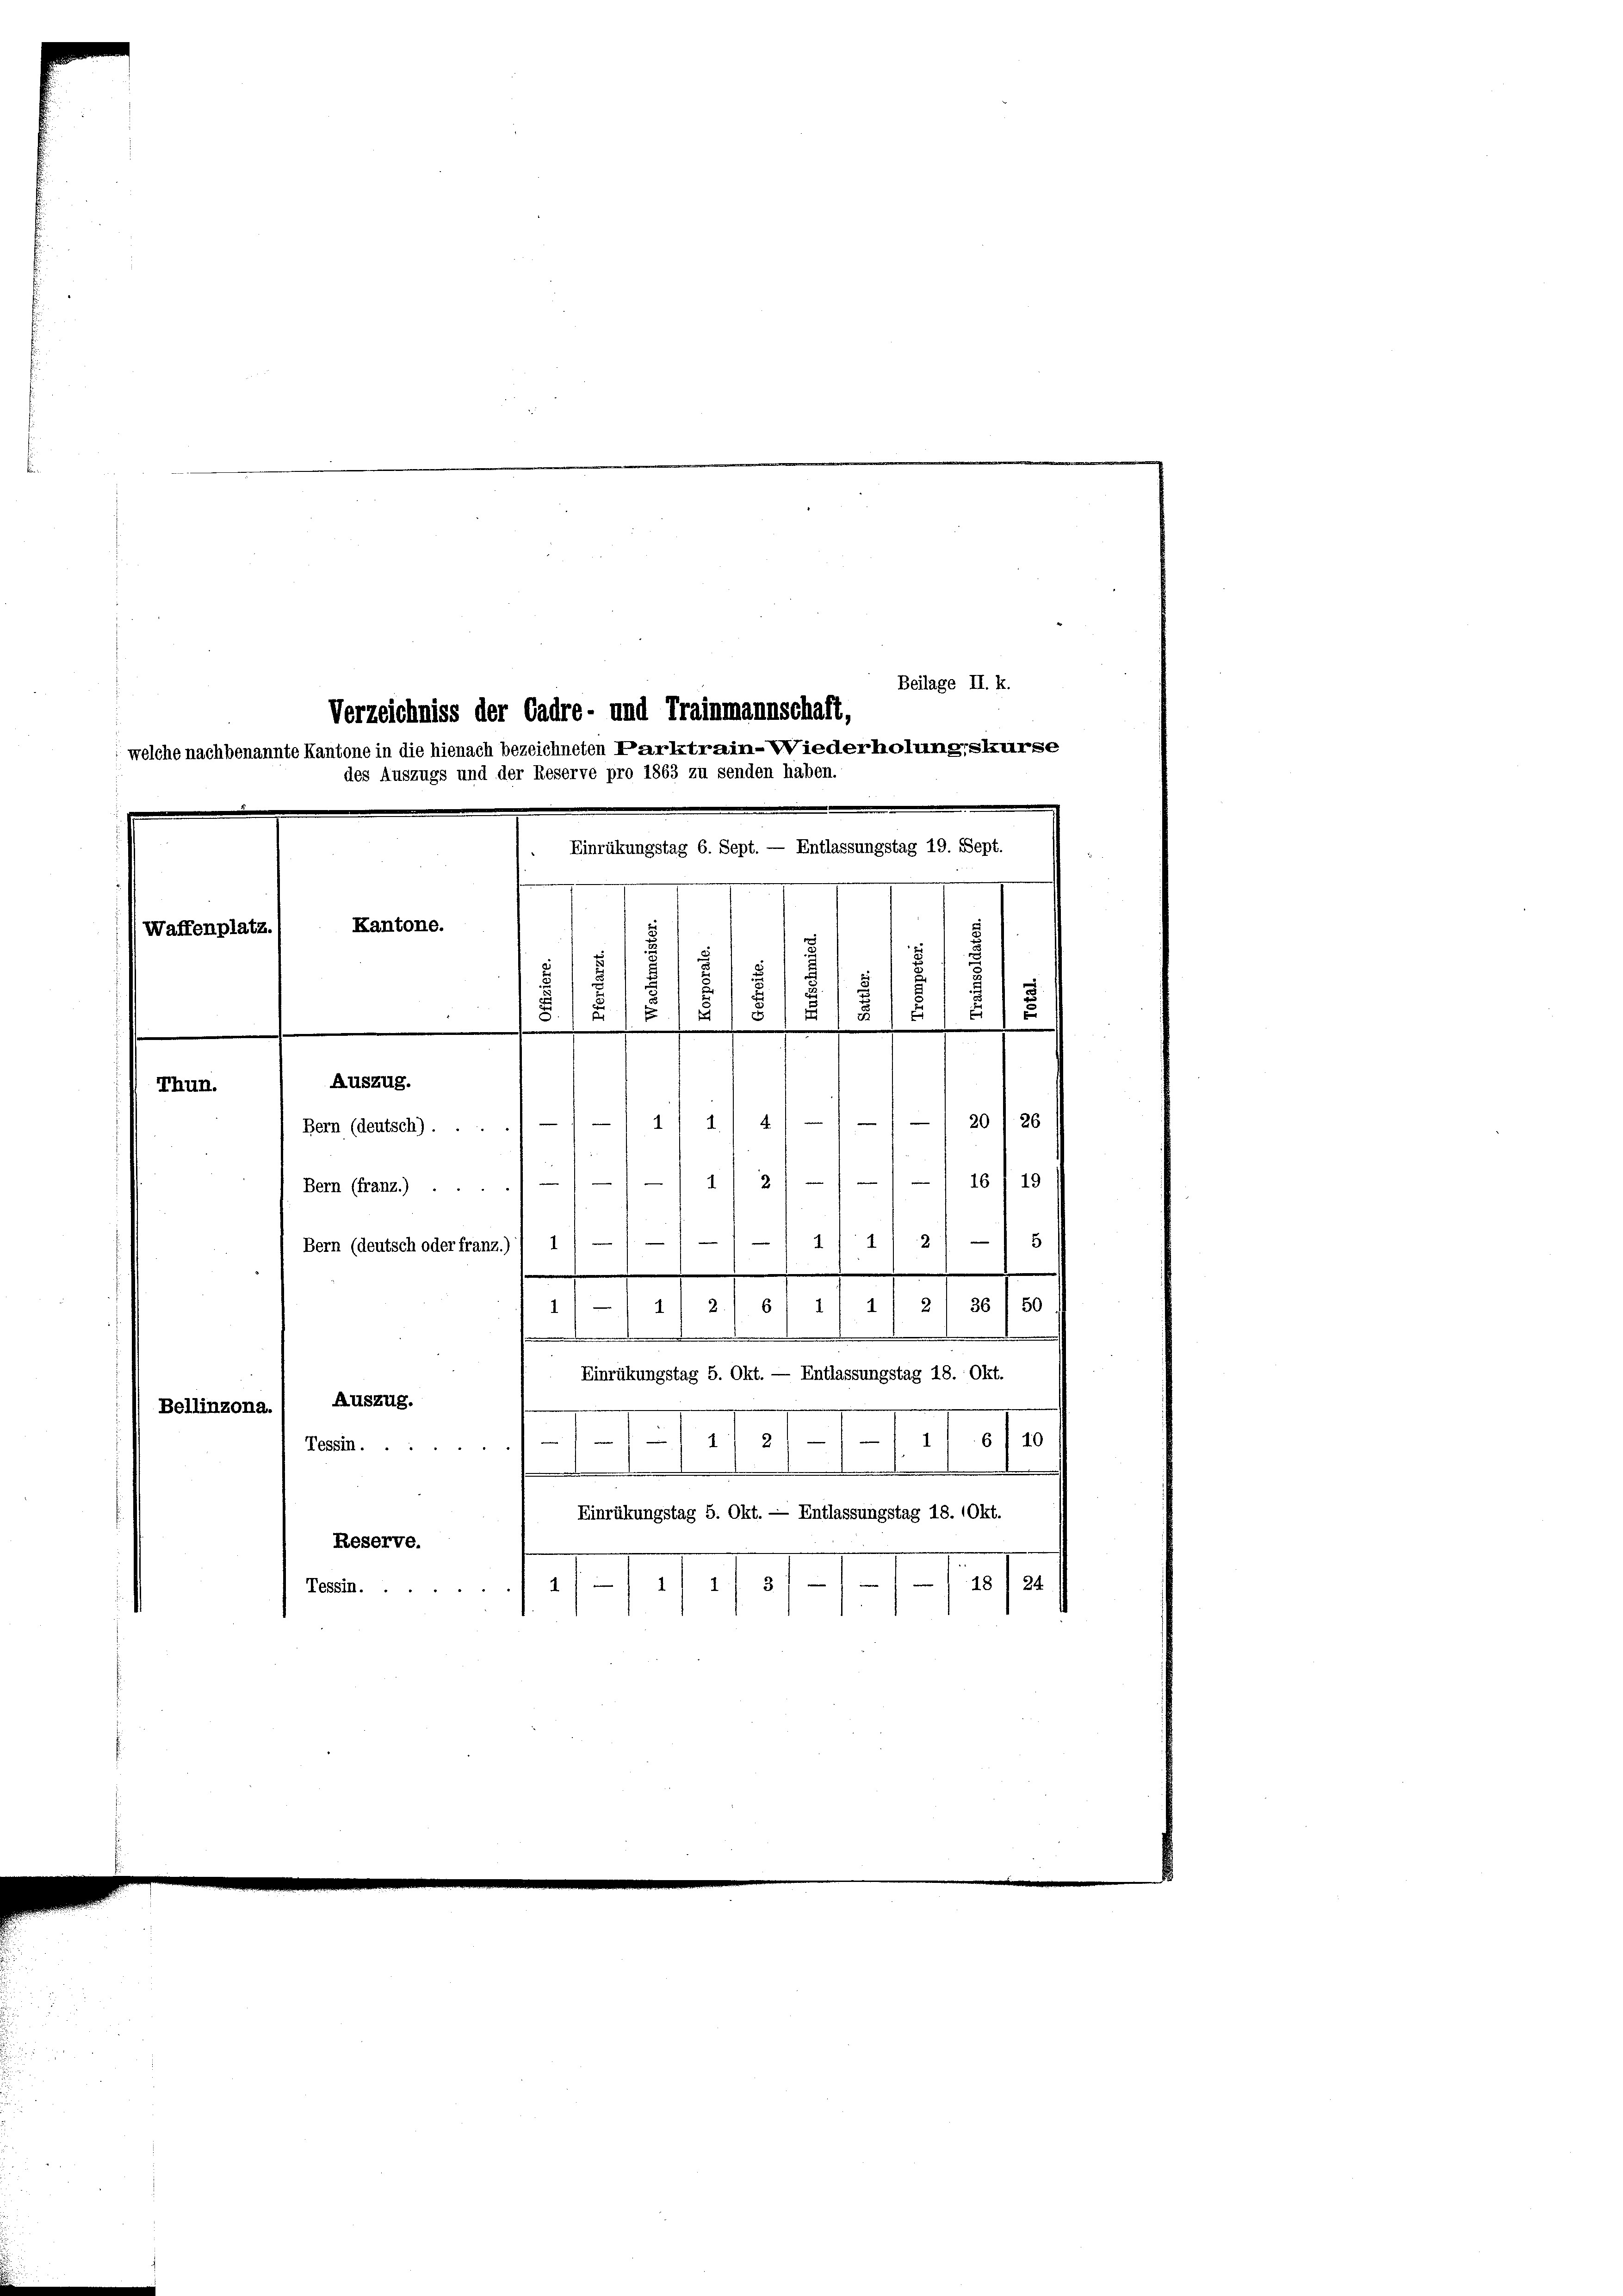
Beilage II. k.
Verzeichniss der Cadre- und Trainmannschaft,
welche nachbenannte Kantone in die hienach bezeichneten Parktrain-Wiederholungskurse
des Auszugs und der Reserve pro 1863 zu senden haben.

Einrükungstag 6. Sept. — Entlassungstag 19. Sept.
Kantone.
Waffenplatz.

Auszug.
t
120/20
 à
Bern (deutsch) ...
e
19
16
2
Bern (franz.) . .
111/11218
Bern (deutsch oder franz.)) 1
11/1 11771/9/4

f
Einrükungstag 5. Okt. — Entlassungstag 18. Okt.
Auszug.
Bellinzona.
e
 0/0
101
Tessin ....
.
Einrükungstag 5. Okt. — Entlassungstag 18. Okt.
Reserve.
 /
/11/115
Tessin.

Thun.

7
d
1
E
.
s
218
5

1